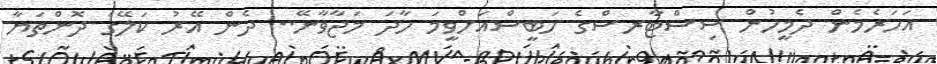
އަހަރެމެން ދެމީހުން ސިސްޓާރސްގެ ހަބީސްއަށްވީމަ ހާދަ މަޖާވާނޭ.. ދެން އޭރު ކަލޭގެ ދޮންތަޔާ